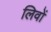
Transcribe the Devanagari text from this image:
लिवों